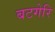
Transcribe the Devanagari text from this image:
बटगेरि